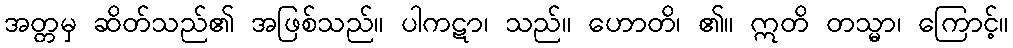
အတ္တမှ ဆိတ်သည်၏ အဖြစ်သည်။ ပါကဋာ၊ သည်။ ဟောတိ၊ ၏။ ဣတိ တသ္မာ၊ ကြောင့်။